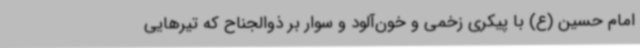
امام حسین (ع) با پیکری زخمی و خون‌آلود و سوار بر ذوالجناح که تیرهایی